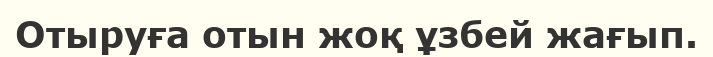
Отыруға отын жоқ ұзбей жағып.